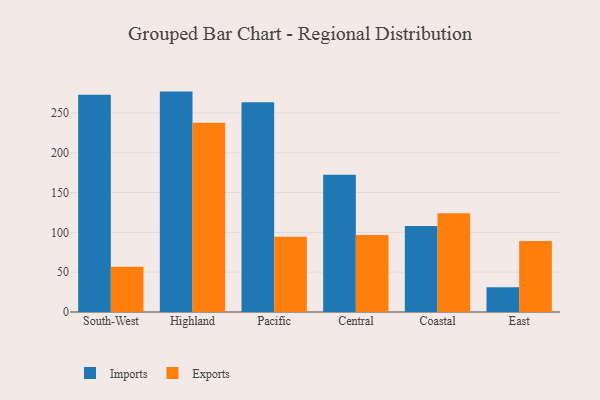
{"axis": {"x": "Region", "y": "Demand Index"}, "legend": ["Exports", "Imports"], "data": [{"x": "South-West", "y": 272.8, "type": "Imports"}, {"x": "South-West", "y": 56.8, "type": "Exports"}, {"x": "Highland", "y": 276.8, "type": "Imports"}, {"x": "Highland", "y": 237.8, "type": "Exports"}, {"x": "Pacific", "y": 263.5, "type": "Imports"}, {"x": "Pacific", "y": 94.4, "type": "Exports"}, {"x": "Central", "y": 172.5, "type": "Imports"}, {"x": "Central", "y": 96.6, "type": "Exports"}, {"x": "Coastal", "y": 107.9, "type": "Imports"}, {"x": "Coastal", "y": 123.9, "type": "Exports"}, {"x": "East", "y": 31.1, "type": "Imports"}, {"x": "East", "y": 89.2, "type": "Exports"}]}